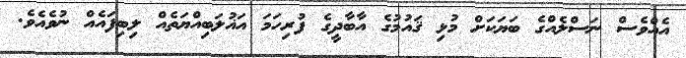
އެއްވެސް ނަސްލެއްގެ ބަޔަކަށް މުޅި ޤައުމުގެ އާބާދީގެ ފުރިހަމަ އަޣުލަބިއްޔަތެއް ލިބިފައެއް ނުވެއެވެ.